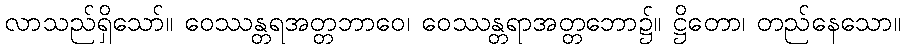
လာသည်ရှိသော်။ ဝေဿန္တရအတ္တဘာဝေ၊ ဝေဿန္တရာအတ္တဘော၌။ ဋ္ဌိတော၊ တည်နေသော။